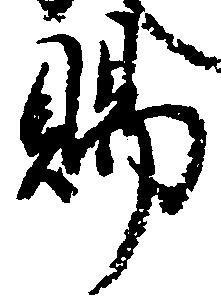
賜